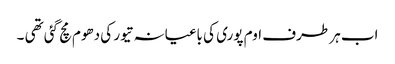
اب ہر طرف اوم پوری کی باغیانہ تیور کی دھوم مچ گئی تھی ۔